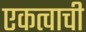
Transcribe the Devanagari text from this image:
एकत्वाची